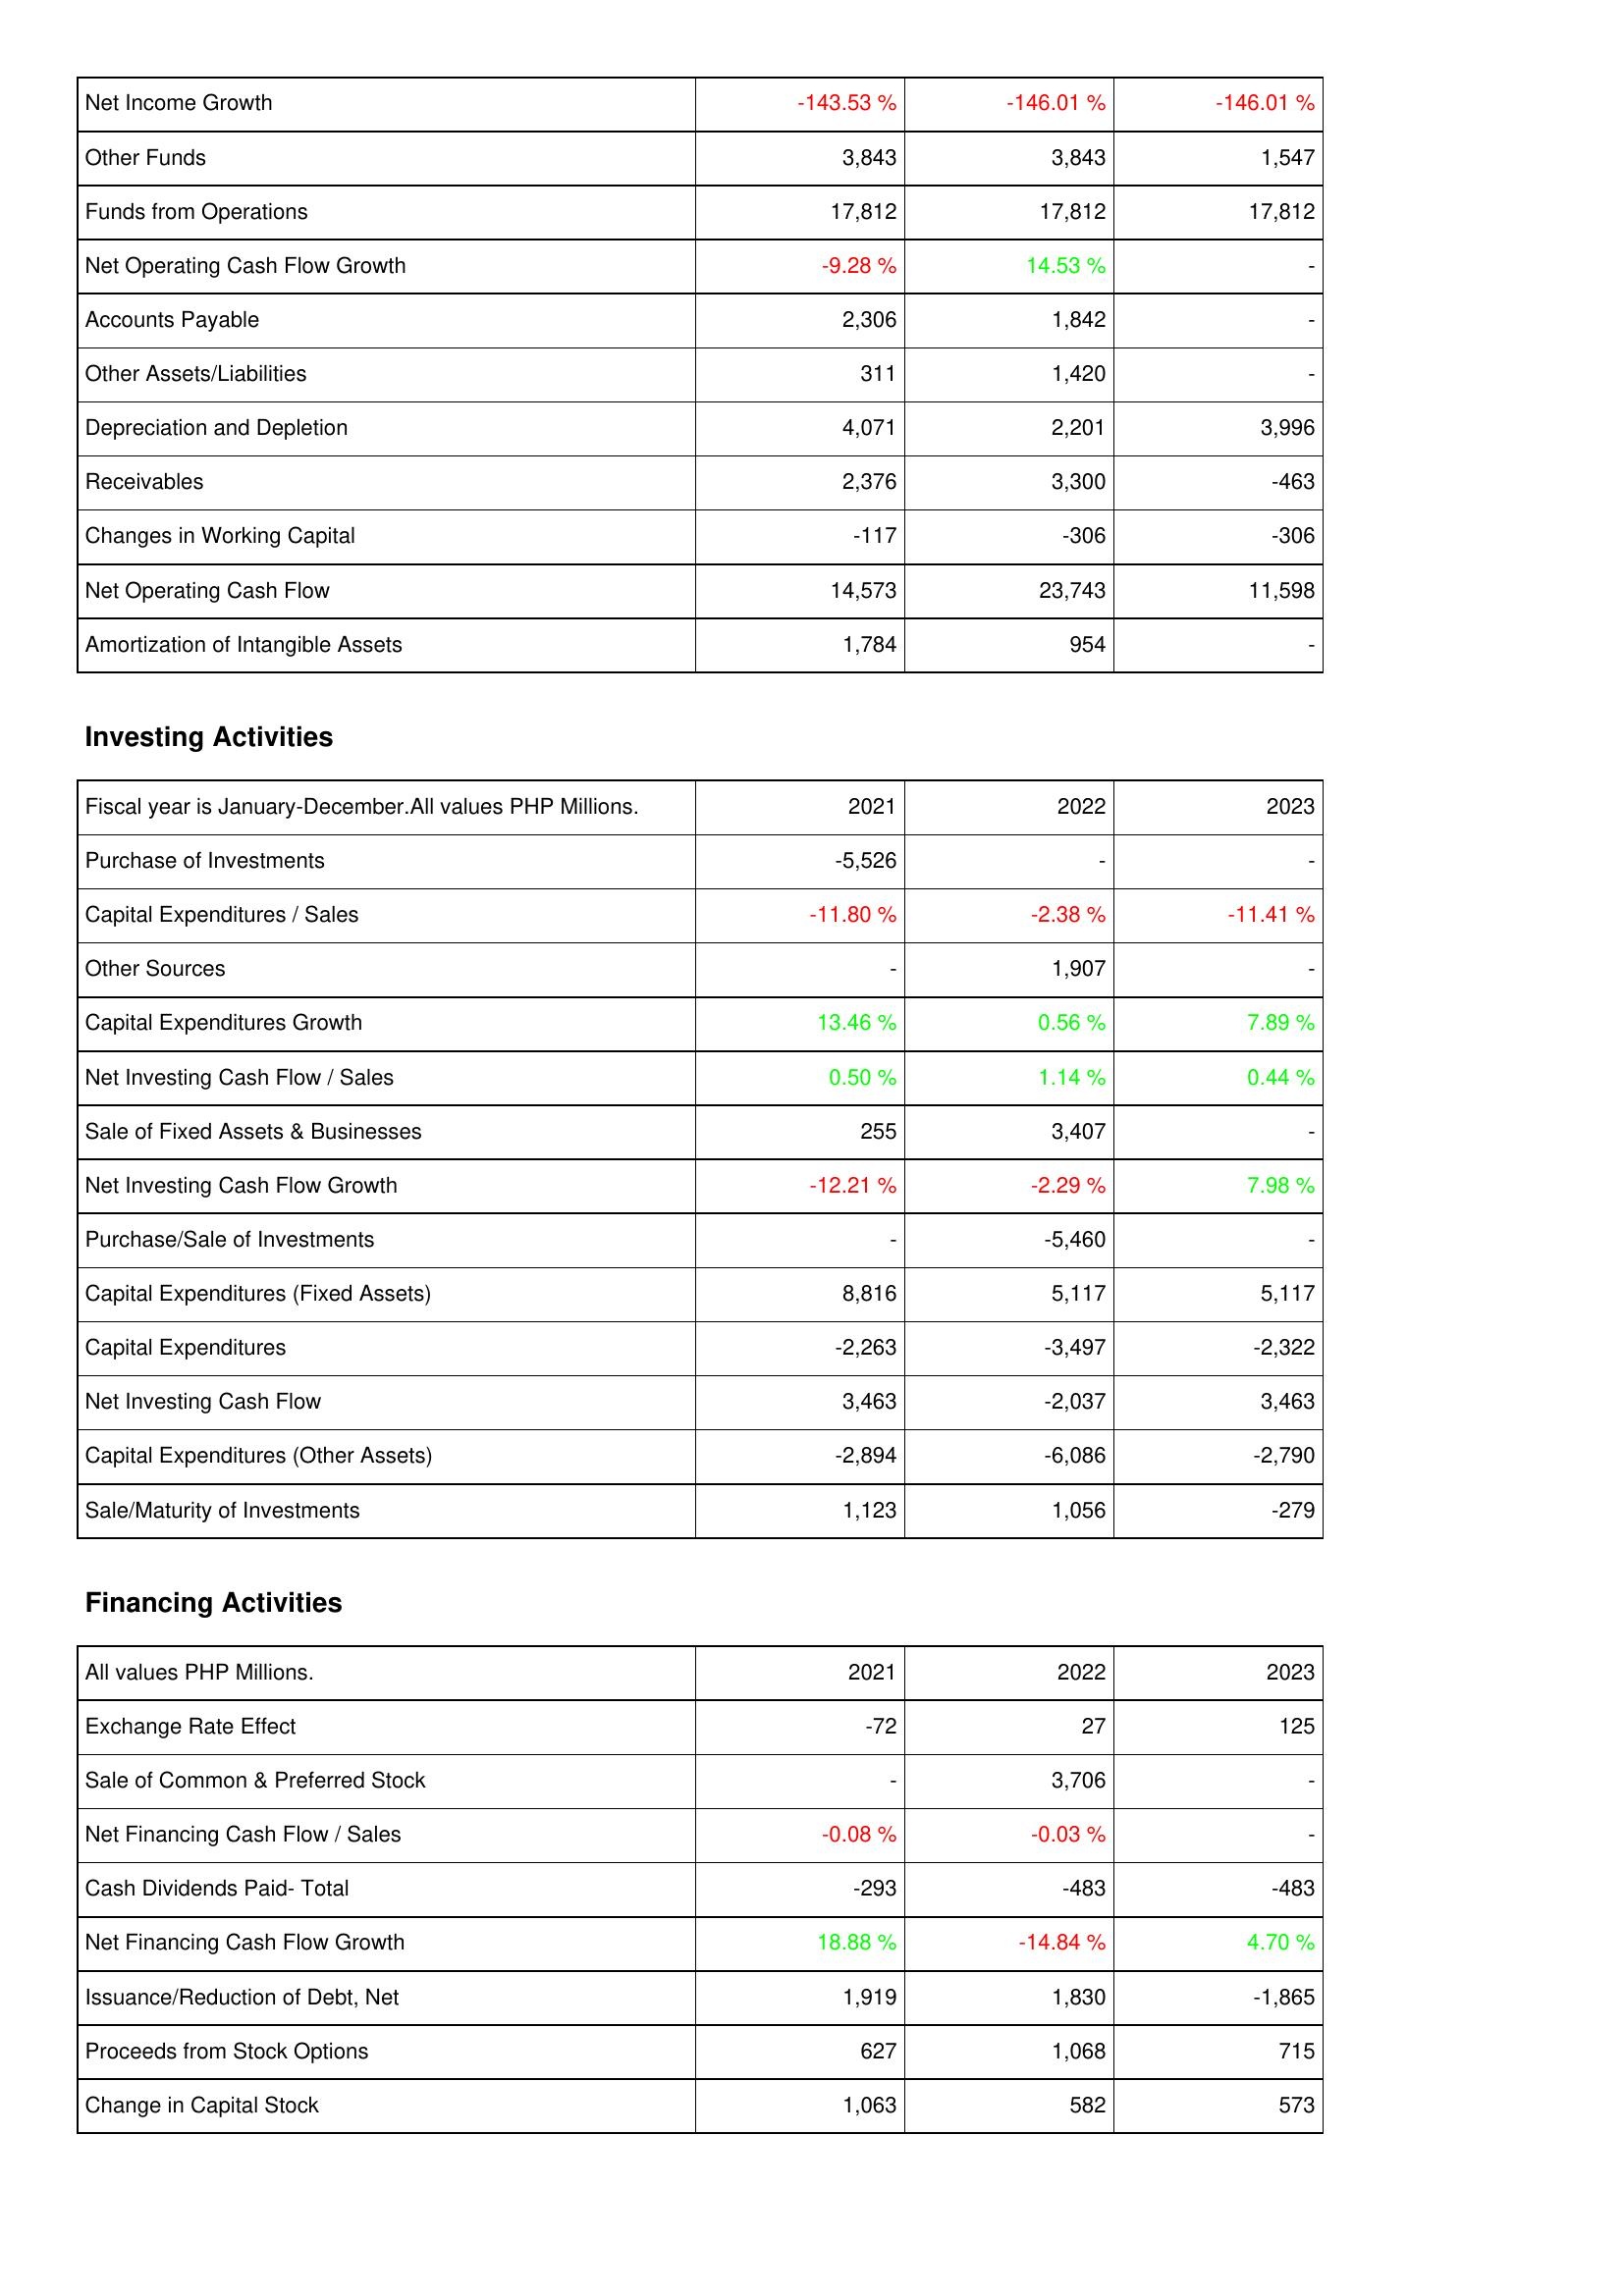
2021: Operating Activities: Net Income Growth: -143.53 %
Other Funds: 3,843
Funds from Operations: 17,812
Net Operating Cash Flow Growth: -9.28 %
Accounts Payable: 2,306
Other Assets/Liabilities: 311
Depreciation and Depletion: 4,071
Receivables: 2,376
Changes in Working Capital: -117
Net Operating Cash Flow: 14,573
Amortization of Intangible Assets: 1,784
Investing Activities: Purchase of Investments: -5,526
Capital Expenditures / Sales: -11.80 %
Other Sources: -
Capital Expenditures Growth: 13.46 %
Net Investing Cash Flow / Sales: 0.50 %
Sale of Fixed Assets & Businesses: 255
Net Investing Cash Flow Growth: -12.21 %
Purchase/Sale of Investments: -
Capital Expenditures (Fixed Assets): 8,816
Capital Expenditures: -2,263
Net Investing Cash Flow: 3,463
Capital Expenditures (Other Assets): -2,894
Sale/Maturity of Investments: 1,123
Financing Activities: Exchange Rate Effect: -72
Sale of Common & Preferred Stock: -
Net Financing Cash Flow / Sales: -0.08 %
Cash Dividends Paid- Total: -293
Net Financing Cash Flow Growth: 18.88 %
Issuance/Reduction of Debt, Net: 1,919
Proceeds from Stock Options: 627
Change in Capital Stock: 1,063
2022: Operating Activities: Net Income Growth: -146.01 %
Other Funds: 3,843
Funds from Operations: 17,812
Net Operating Cash Flow Growth: 14.53 %
Accounts Payable: 1,842
Other Assets/Liabilities: 1,420
Depreciation and Depletion: 2,201
Receivables: 3,300
Changes in Working Capital: -306
Net Operating Cash Flow: 23,743
Amortization of Intangible Assets: 954
Investing Activities: Purchase of Investments: -
Capital Expenditures / Sales: -2.38 %
Other Sources: 1,907
Capital Expenditures Growth: 0.56 %
Net Investing Cash Flow / Sales: 1.14 %
Sale of Fixed Assets & Businesses: 3,407
Net Investing Cash Flow Growth: -2.29 %
Purchase/Sale of Investments: -5,460
Capital Expenditures (Fixed Assets): 5,117
Capital Expenditures: -3,497
Net Investing Cash Flow: -2,037
Capital Expenditures (Other Assets): -6,086
Sale/Maturity of Investments: 1,056
Financing Activities: Exchange Rate Effect: 27
Sale of Common & Preferred Stock: 3,706
Net Financing Cash Flow / Sales: -0.03 %
Cash Dividends Paid- Total: -483
Net Financing Cash Flow Growth: -14.84 %
Issuance/Reduction of Debt, Net: 1,830
Proceeds from Stock Options: 1,068
Change in Capital Stock: 582
2023: Operating Activities: Net Income Growth: -146.01 %
Other Funds: 1,547
Funds from Operations: 17,812
Net Operating Cash Flow Growth: -
Accounts Payable: -
Other Assets/Liabilities: -
Depreciation and Depletion: 3,996
Receivables: -463
Changes in Working Capital: -306
Net Operating Cash Flow: 11,598
Amortization of Intangible Assets: -
Investing Activities: Purchase of Investments: -
Capital Expenditures / Sales: -11.41 %
Other Sources: -
Capital Expenditures Growth: 7.89 %
Net Investing Cash Flow / Sales: 0.44 %
Sale of Fixed Assets & Businesses: -
Net Investing Cash Flow Growth: 7.98 %
Purchase/Sale of Investments: -
Capital Expenditures (Fixed Assets): 5,117
Capital Expenditures: -2,322
Net Investing Cash Flow: 3,463
Capital Expenditures (Other Assets): -2,790
Sale/Maturity of Investments: -279
Financing Activities: Exchange Rate Effect: 125
Sale of Common & Preferred Stock: -
Net Financing Cash Flow / Sales: -
Cash Dividends Paid- Total: -483
Net Financing Cash Flow Growth: 4.70 %
Issuance/Reduction of Debt, Net: -1,865
Proceeds from Stock Options: 715
Change in Capital Stock: 573